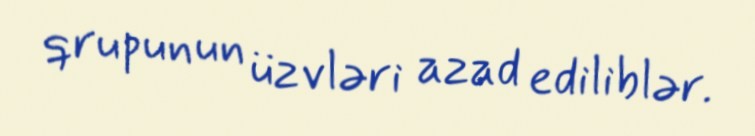
qrupunun üzvləri azad ediliblər.